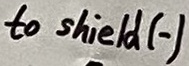
Text: to shield (-)